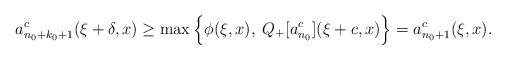
LaTeX: \begin{align*}a_{n_0+k_0+1}^c(\xi+\delta,x)\geq\max\Big\{\phi(\xi,x),\; Q_+[a_{n_0}^c](\xi+c,x)\Big\}=a_{n_0+1}^c(\xi,x).\end{align*}